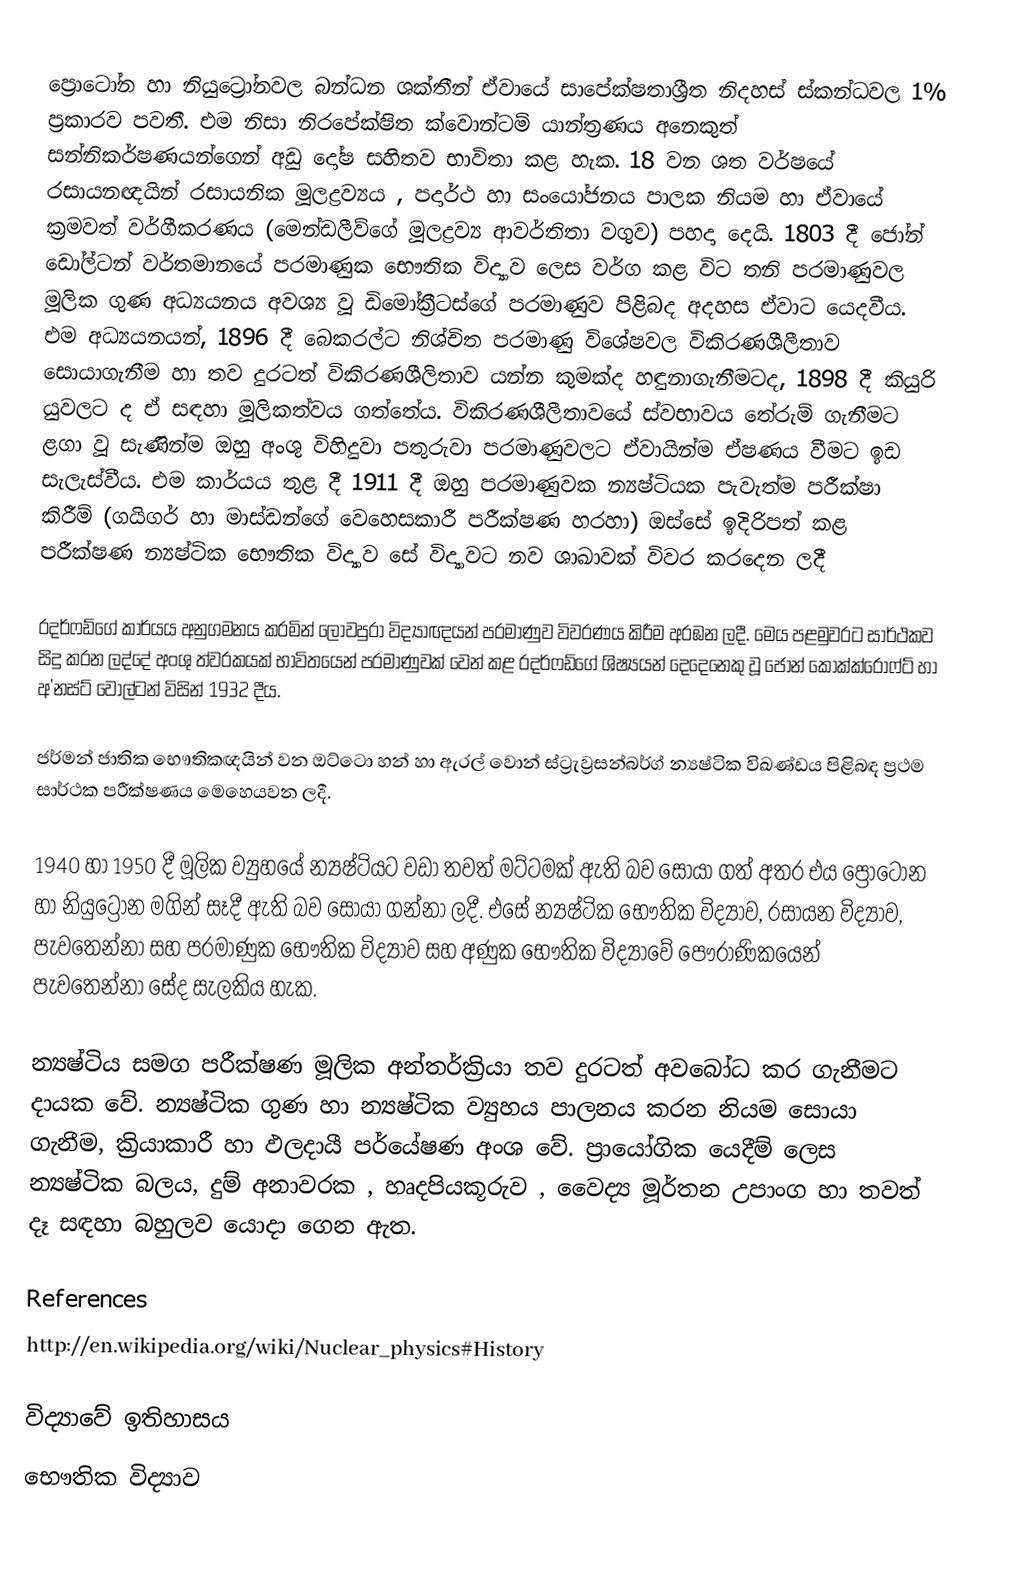
ප්‍රොටෝන හා නියුට්‍රෝනවල බන්ධන ශක්තීන් ඒවායේ සාපේක්ෂතාශ්‍රීත නිදහස් ස්කන්ධවල 1%  ප්‍රකාරව පවතී. එම නිසා නිරපේක්ෂිත ක්වොන්ටම් යාන්ත්‍රණය අනෙකුත් සන්නිකර්ෂණයන්ගෙන් අඩු දෝෂ සහිතව භාවිතා කළ හැක. 18 වන ශත වර්ෂයේ රසායනඥයින් රසායනික මූලද්‍රව්‍යය , පදාර්ථ හා සංයෝජනය පාලක නියම හා ඒවායේ ක්‍රමවත් වර්ගීකරණය (මෙන්ඩලීව්ගේ මූලද්‍රව්‍ය ආවර්තිතා වගුව) පහදා දෙයි. 1803 දී ජෝන් ඩෝල්ටන් වර්තමානයේ පරමාණුක ‍භෞතික විද්‍යාව ලෙස වර්ග කළ විට තනි පරමාණුවල මූලික ගුණ අධ්‍යයනය අවශ්‍ය වූ ඩිමෝක්‍රීටස්ගේ පරමාණුව පිළිබද අදහස ඒවාට යෙදවීය. එම අධ්‍යයනයන්, 1896 දී බෙකරල්ට නිශ්චිත පරමාණු විශේෂවල විකිරණශීලීතාව සොයාගැනීම හා තව දුරටත් විකිරණශීලිතාව යන්න කුමක්ද හඳුනාගැනීමටද, 1898 දී කියුරි යුවලට ද ඒ සඳහා මූලිකත්වය ‍ගත්තේය. විකිරණශීලීතාවයේ ස්වභාවය තේරුම් ගැනීමට ළගා වූ සැණින්ම ඔහු අංශු විහිදුවා පතුරුවා පරමාණුවලට ඒවායින්ම ඒෂණය වීමට ඉඩ සැලැස්වීය. එම කාර්යය තුළ දී 1911 දී ඔහු පරමාණුවක න්‍යෂ්ටියක පැවැත්ම පරීක්ෂා කිරීම් (ගයිගර් හා මාස්ඩන්ගේ වෙහෙසකාරී පරීක්ෂණ හරහා) ඔ‍ස්සේ ඉදිරිපත් කළ පරීක්ෂණ න්‍යෂ්ටික භෞතික විද්‍යාව සේ විද්‍යාවට නව ශාඛාවක් විවර කරදෙන ලදී

රදර්ෆඩ්ගේ කාර්යය අනුගමනය කරමින් ලොවපුරා විද්‍යාඥයන් පරමාණුව විවරණය කිරීම අරඹන ලදී. මෙය පළමුවරට සාර්ථකව සිදු කරන ලද්දේ අංශු ත්වරකයක් භාවිතයෙන් පරමාණුවක් වෙන් කළ රදර්ෆඩ්ගේ ශිෂ්‍යයන් දෙදෙනෙකු වූ ජෝන් කොක්ක්රොෆ්ට් හා අ’නස්ට් වෝල්ටන් විසින් 1932 දීය.

ජර්මන් ජාතික භෞතිකඥයින් වන ඔට්ටො හන් හා ඇරල් වොන් ස්ට්‍රැව්‍රසන්බර්ග් න්‍යෂ්ටික විඛණ්ඩය  පිළිබඳ ප්‍රථම සාර්ථක පරීක්ෂණය මෙහෙයවන ලදී.

1940 හා 1950 දී මූලික ව්‍යුහයේ න්‍යෂ්ටියට වඩා තවත් මට්ටමක් ඇති බව සොයා ගත් අතර එය ප්‍රෝටෝන හා නියුට්‍රෝන මගින් සෑදී ඇති බව සොයා ගන්නා ලදී. එසේ න්‍යෂ්ටික භෞතික විද්‍යාව, රසායන විද්‍යාව, පැවතෙන්නා සහ පරමාණුක භෞතික විද්‍යාව සහ අණුක භෞතික විද්‍යාවේ පෞරාණිකයෙන් පැවතෙන්නා සේද සැලකිය හැක.

න්‍යෂ්ටිය සමග පරීක්ෂණ මූලික අන්තර්ක්‍රියා තව දුරටත් අවබෝධ කර ගැනීමට දායක වේ. න්‍යෂ්ටික ගුණ හා න්‍යෂ්ටික ව්‍යුහය පාලනය කරන නියම සොයා ගැනීම, ක්‍රියාකාරී හා ඵලදායී පර්යේෂණ අංශ වේ. ප්‍රායෝගික යෙදීම් ලෙස න්‍යෂ්ටික බලය, දුම් අනාවරක , හෘදපියකූරුව , වෛද්‍ය මූර්තන උපාංග හා තවත් දෑ සඳහා බහුලව යොදා ගෙන ඇත.

References
http://en.wikipedia.org/wiki/Nuclear_physics#History

විද්‍යා‍වේ ඉතිහාසය
භෞතික විද්‍යාව